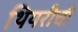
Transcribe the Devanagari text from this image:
थियरीची